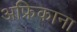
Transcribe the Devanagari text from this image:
अफ्रिकाना